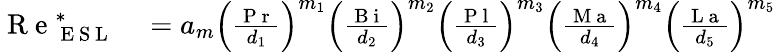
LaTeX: \begin{array}{rl}{\mathrm{~R~e~}_{\mathrm{~E~S~L~}}^{\ast}}&{{}=a_{m}\left(\frac{\mathrm{~P~r~}}{d_{1}}\right)^{m_{1}}\left(\frac{\mathrm{~B~i~}}{d_{2}}\right)^{m_{2}}\left(\frac{\mathrm{~P~l~}}{d_{3}}\right)^{m_{3}}\left(\frac{\mathrm{~M~a~}}{d_{4}}\right)^{m_{4}}\left(\frac{\mathrm{~L~a~}}{d_{5}}\right)^{m_{5}}}\end{array}